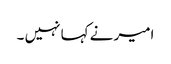
امیر نے کہا نہیں ۔